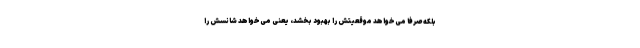
بلکه صرفاً می‌خواهد موقعیتش را بهبود بخشد، یعنی می‌خواهد شانسش را